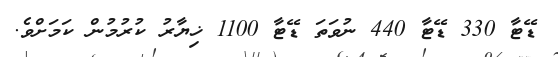
ޑޭޓާ 330 ޑޭޓާ 440 ނުވަަތަ ޑޭޓާ 1100 ޚިޔާރު ކުރުމުން ކަމަށްވެ.